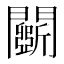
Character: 𨷖